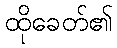
ထိုခေတ်၏